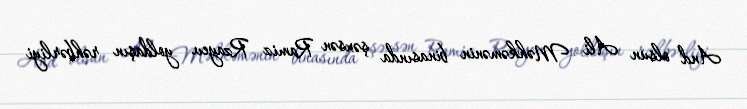
And olsun Ali Məhkəmənin binasında şəxsən Ramiz Rzayev yoldaşın rəhbərliyi